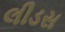
લીડસ